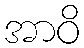
အာဝိ